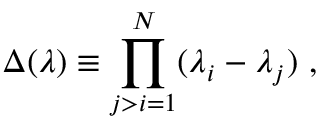
\Delta ( \lambda ) \equiv \prod _ { j > i = 1 } ^ { N } ( \lambda _ { i } - \lambda _ { j } ) \ ,